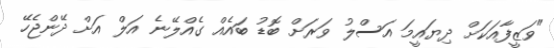
"ވަޒީފާއަކަށް ދިޔައީމަ އަސްލު ވަރަށް ބޮޑު ބައެއް ގެއްލޭނެ އަލް އަށް ދޭންޖެހޭ